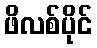
ဖိလစ်ပိုင်